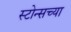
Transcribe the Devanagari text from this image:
स्टोन्सच्या